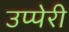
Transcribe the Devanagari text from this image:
उप्पेरी